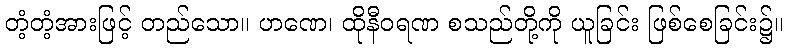
တံ့တံ့အားဖြင့် တည်သော။ ဟဏေ၊ ထိုနီဝရဏ စသည်တို့ကို ယူခြင်း ဖြစ်စေခြင်း၌။